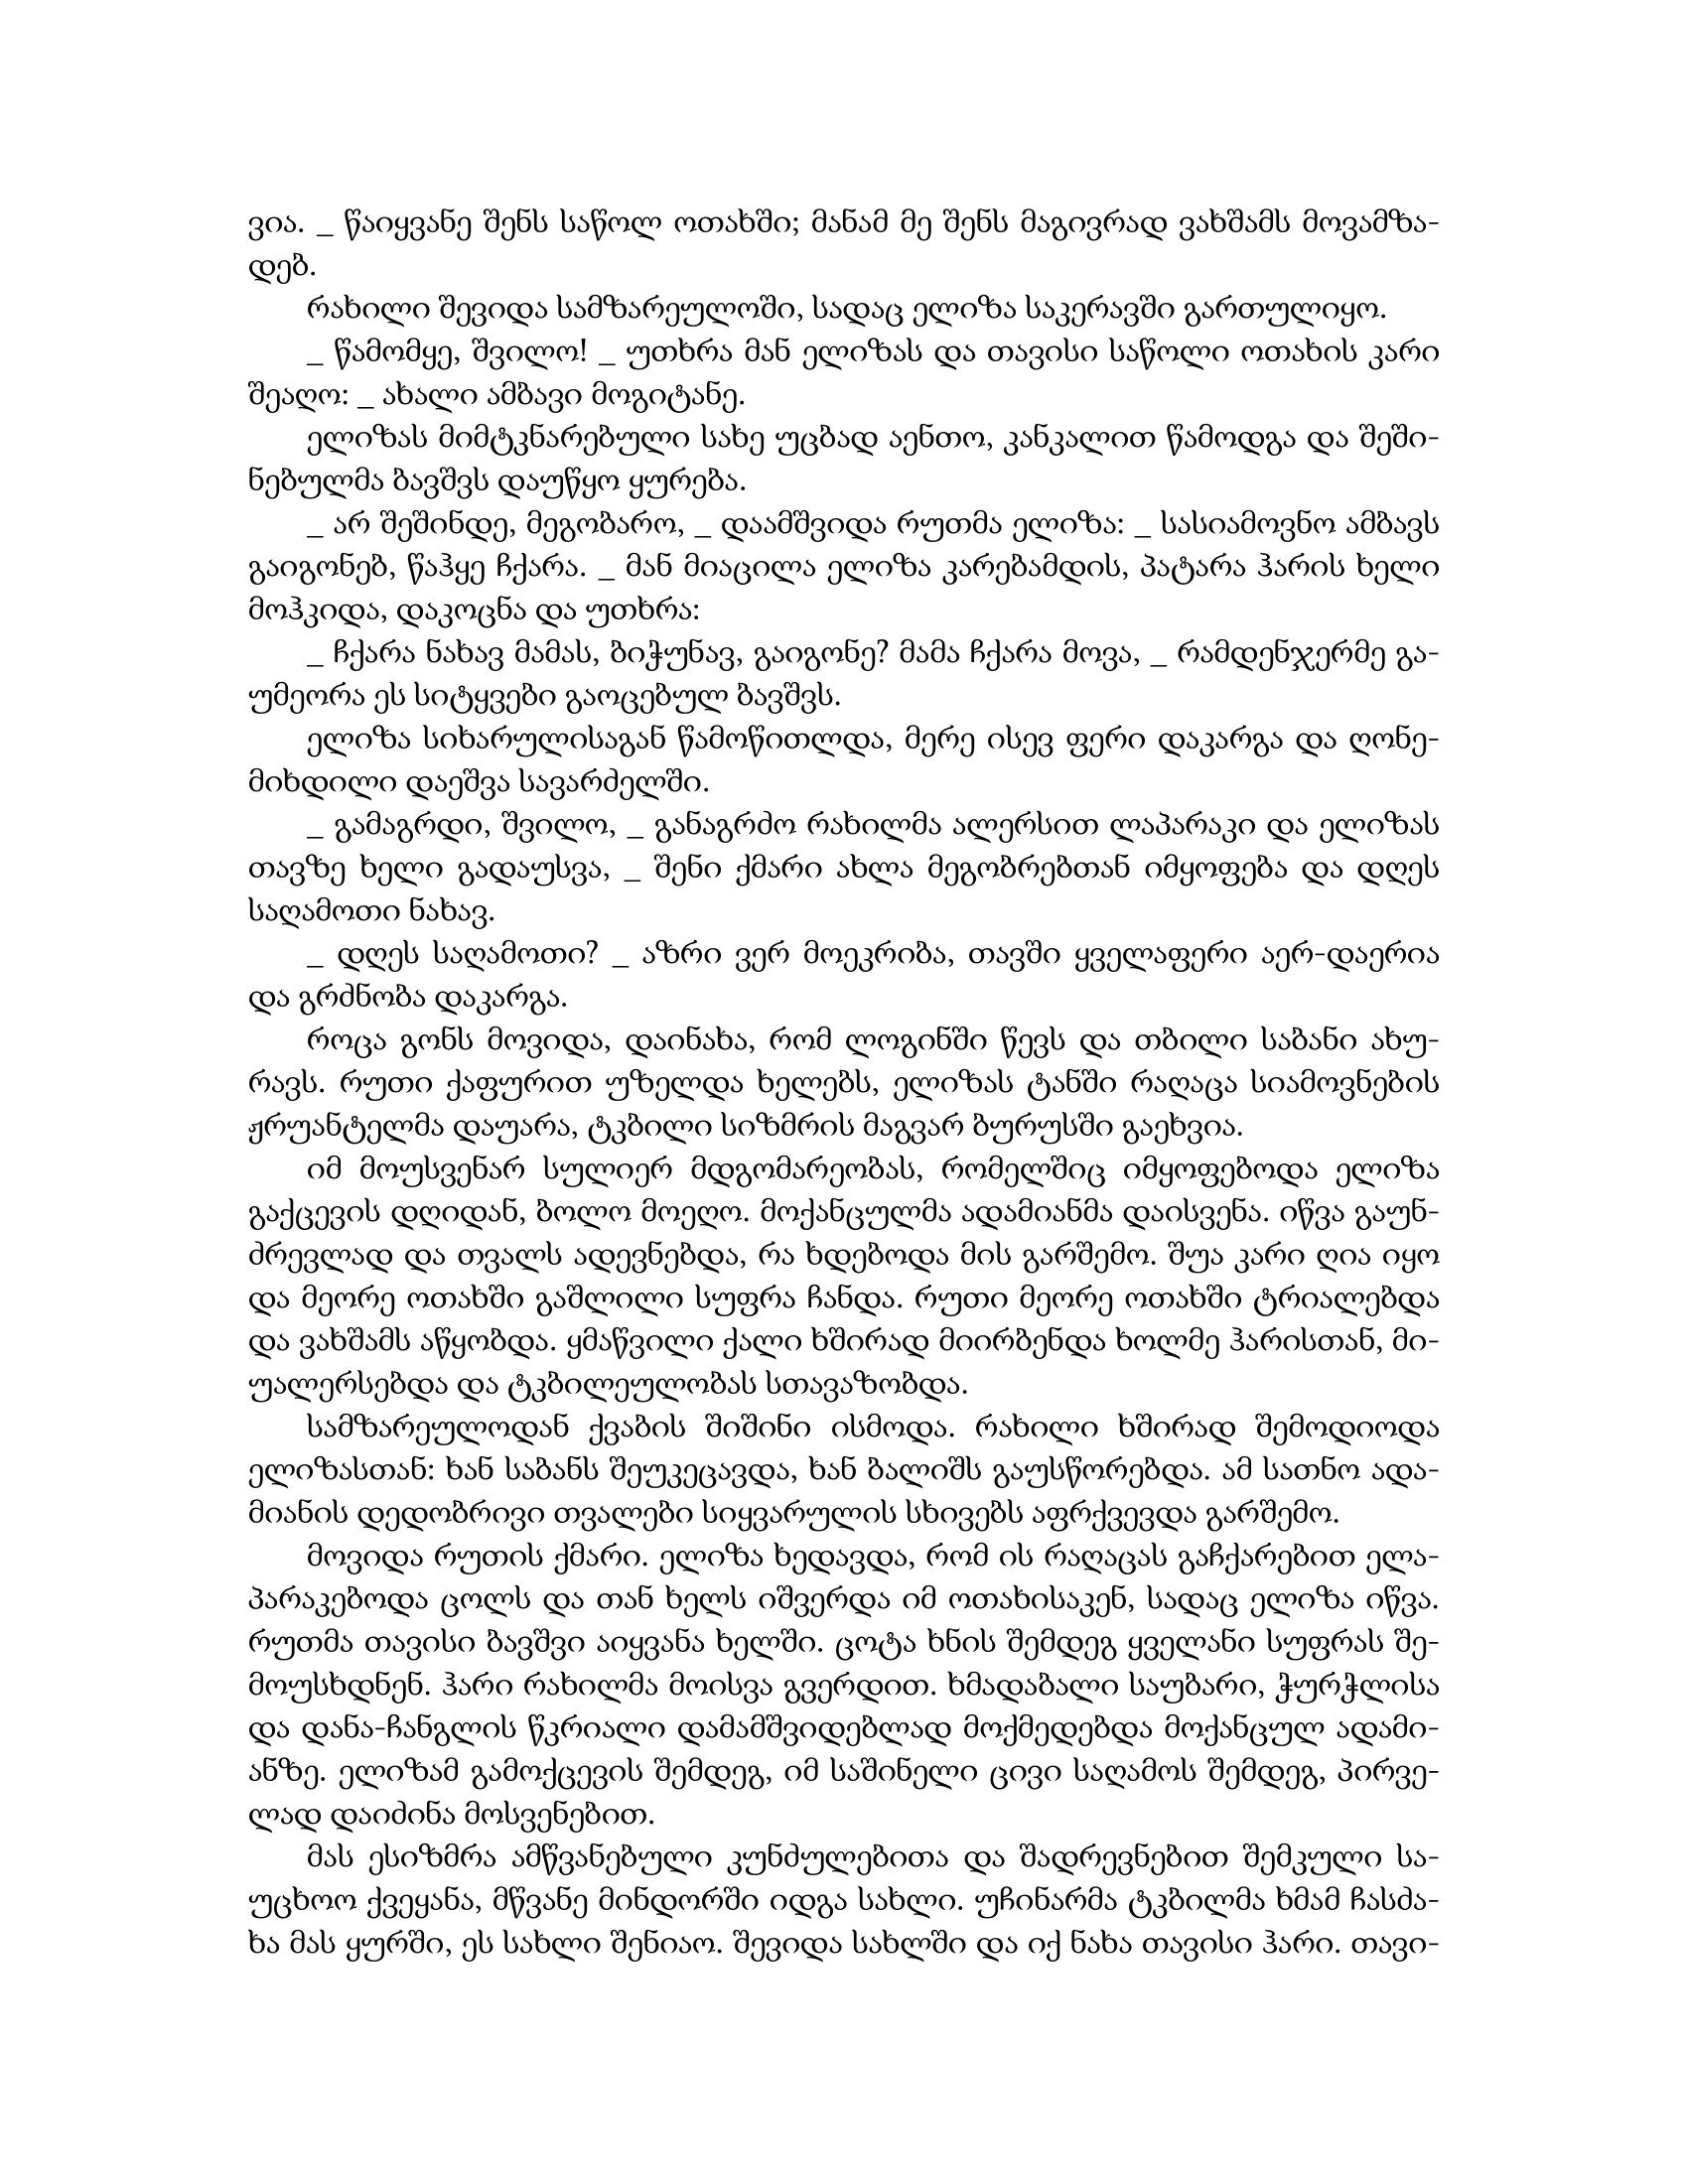
Language: gr